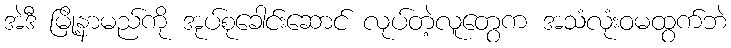
အဲဒီ မြို့နာမည်ကို အုပ်စုခေါင်းဆောင် လုပ်တဲ့လူတွေက အသံလုံးဝမထွက်ဘဲ